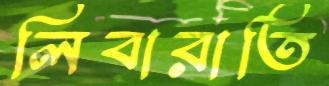
লিবারাতি